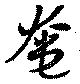
奄